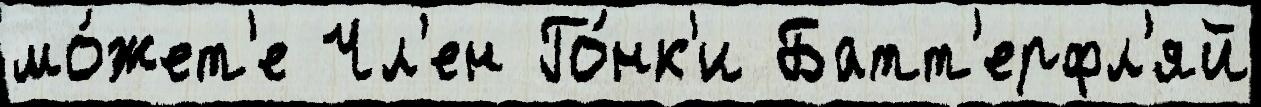
мо́жет'е Чл'ен Го́нк'и Батт'ерфл'яй